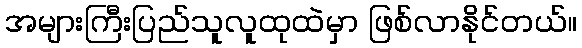
အများကြီးပြည်သူလူထုထဲမှာ ဖြစ်လာနိုင်တယ်။